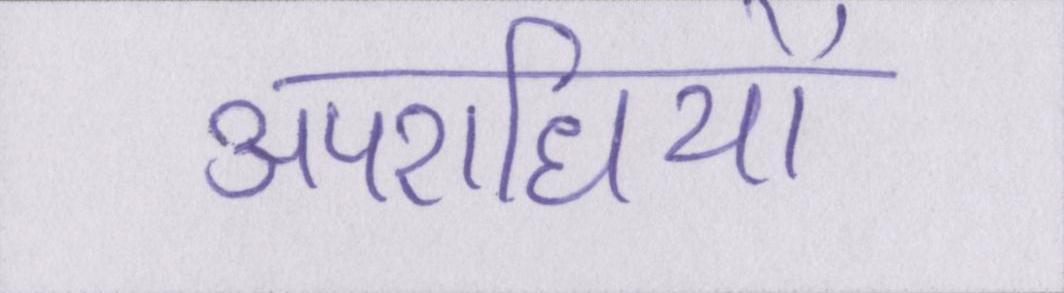
अपराधियों